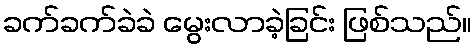
ခက်ခက်ခဲခဲ မွေးလာခဲ့ခြင်း ဖြစ်သည်။